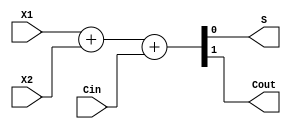
`timescale 1ns / 1ps
//////////////////////////////////////////////////////////////////////////////////
// Company: 
// Engineer: 
// 
// Design Name: 
// Module Name: fulladder
// Project Name: 
// Target Devices: 
// Tool Versions: 
// Description: 
// 
// Dependencies: 
// 
// Revision:
// Revision 0.01 - File Created
// Additional Comments:
// 
//////////////////////////////////////////////////////////////////////////////////


// Behavioral code for full adder 
module fulladder(S, Cout, X1, X2, Cin);
  input X1, X2, Cin;
  output S, Cout;
  reg[1:0] temp;

  always @(*)
  begin
    temp = {1'b0, X1} + {1'b0, X2} + {1'b0, Cin};
  end

  assign S = temp[0];
  assign Cout = temp[1];
endmodule